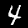
Digit: 4